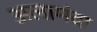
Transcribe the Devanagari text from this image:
अलामंदा